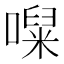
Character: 㘀